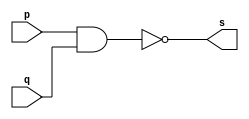
// ------------------------- 
//-- Construir a tabela-verdade para a porta NAND com 2 entradas. 
//-- Usar operador ( ~(a&b) ) na definio do mdulo. 
//-- Usar $display ().
//----------------------------- 
// Exercicio01 - NAND 
// Nome: Milton costa teles da silva
// ------------------------- 
// ------------------------- 
// -- nand gate 
// -------------------------
module nandgate ( output s, input p, q); 
  assign s = ( ~(p&q) )  ; 
endmodule // nandgate 
// --------------------- 
// -- test nand gate 
// --------------------- 
module testnandgate; 
// ------------------------- dados locais 
  reg a, b; // definir registradores 
  wire s; // definir conexao (fio) 
// ------------------------- instancia 
  nandgate NAND1 (s, a, b); 
// ------------------------- preparacao 
  initial begin:start 
    a=0; b=0; 
  end 
// ------------------------- parte principal 
  initial begin 
    $display("Exercicio01 -  Milton teles da silva - 2751"); 
    $display("Test NAND gate"); 
    $display("a & b = s");  
    #1 $display("(%b %b) = %b", a, b, s); 
    a=0; b=1; 
    #1 $display("(%b %b) = %b", a, b, s); 
    a=1; b=0; 
    #1 $display("(%b %b) = %b", a, b, s); 
    a=1; b=1; 
    #1 $display("(%b %b) = %b", a, b, s); 
  end 
endmodule // testnandgate